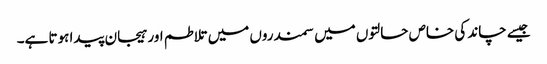
جیسے چاند کی خاص حالتوں میں سمندروں میں تلاطم اور ہیجان پیدا ہوتا ہے۔